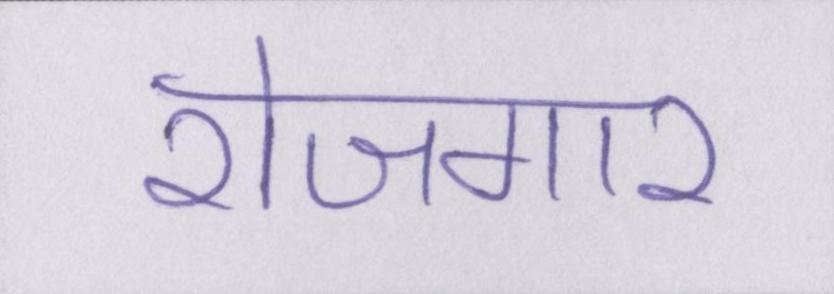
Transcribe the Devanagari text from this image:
रोजगार